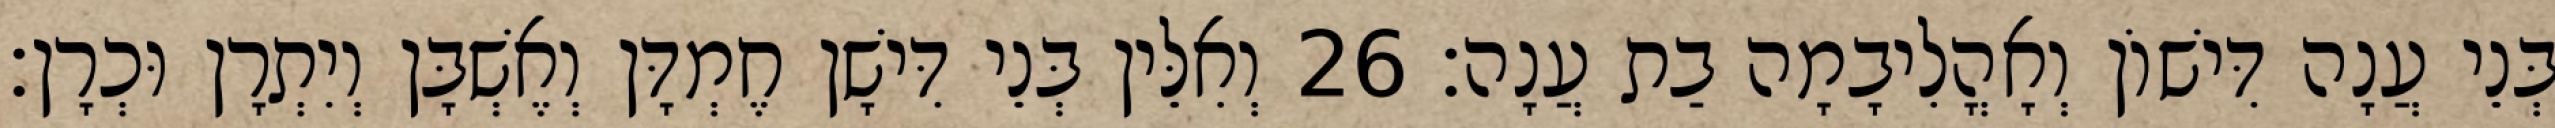
בְּנֵי עֲנָה דִּישׁוֹן וְאָהֳלִיבָמָה בַת עֲנָה׃ 26 וְאִלֵּין בְּנֵי דִּישָׁן חֶמְדָּן וְאֶשְׁבָּן וְיִתְרָן וּכְרָן׃